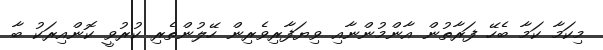
މިކަމާ ކަމާ ބެހޭ ފަރާތުން އާންމުންނާއި ވިޔަފާރިވެރިން ހޭލުންތެރި ކުރުވީ ކޮންއިރަކު ބާ